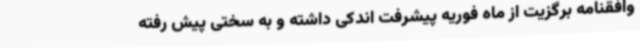
وافقنامه برگزیت از ماه فوریه پیشرفت اندکی داشته و به سختی پیش رفته